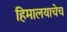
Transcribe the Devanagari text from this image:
हिमालयाचेच